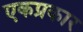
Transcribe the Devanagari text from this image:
एकप्रकार